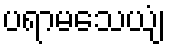
ပရာမသေယျံ